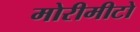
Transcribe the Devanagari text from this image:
मोरीमीटो